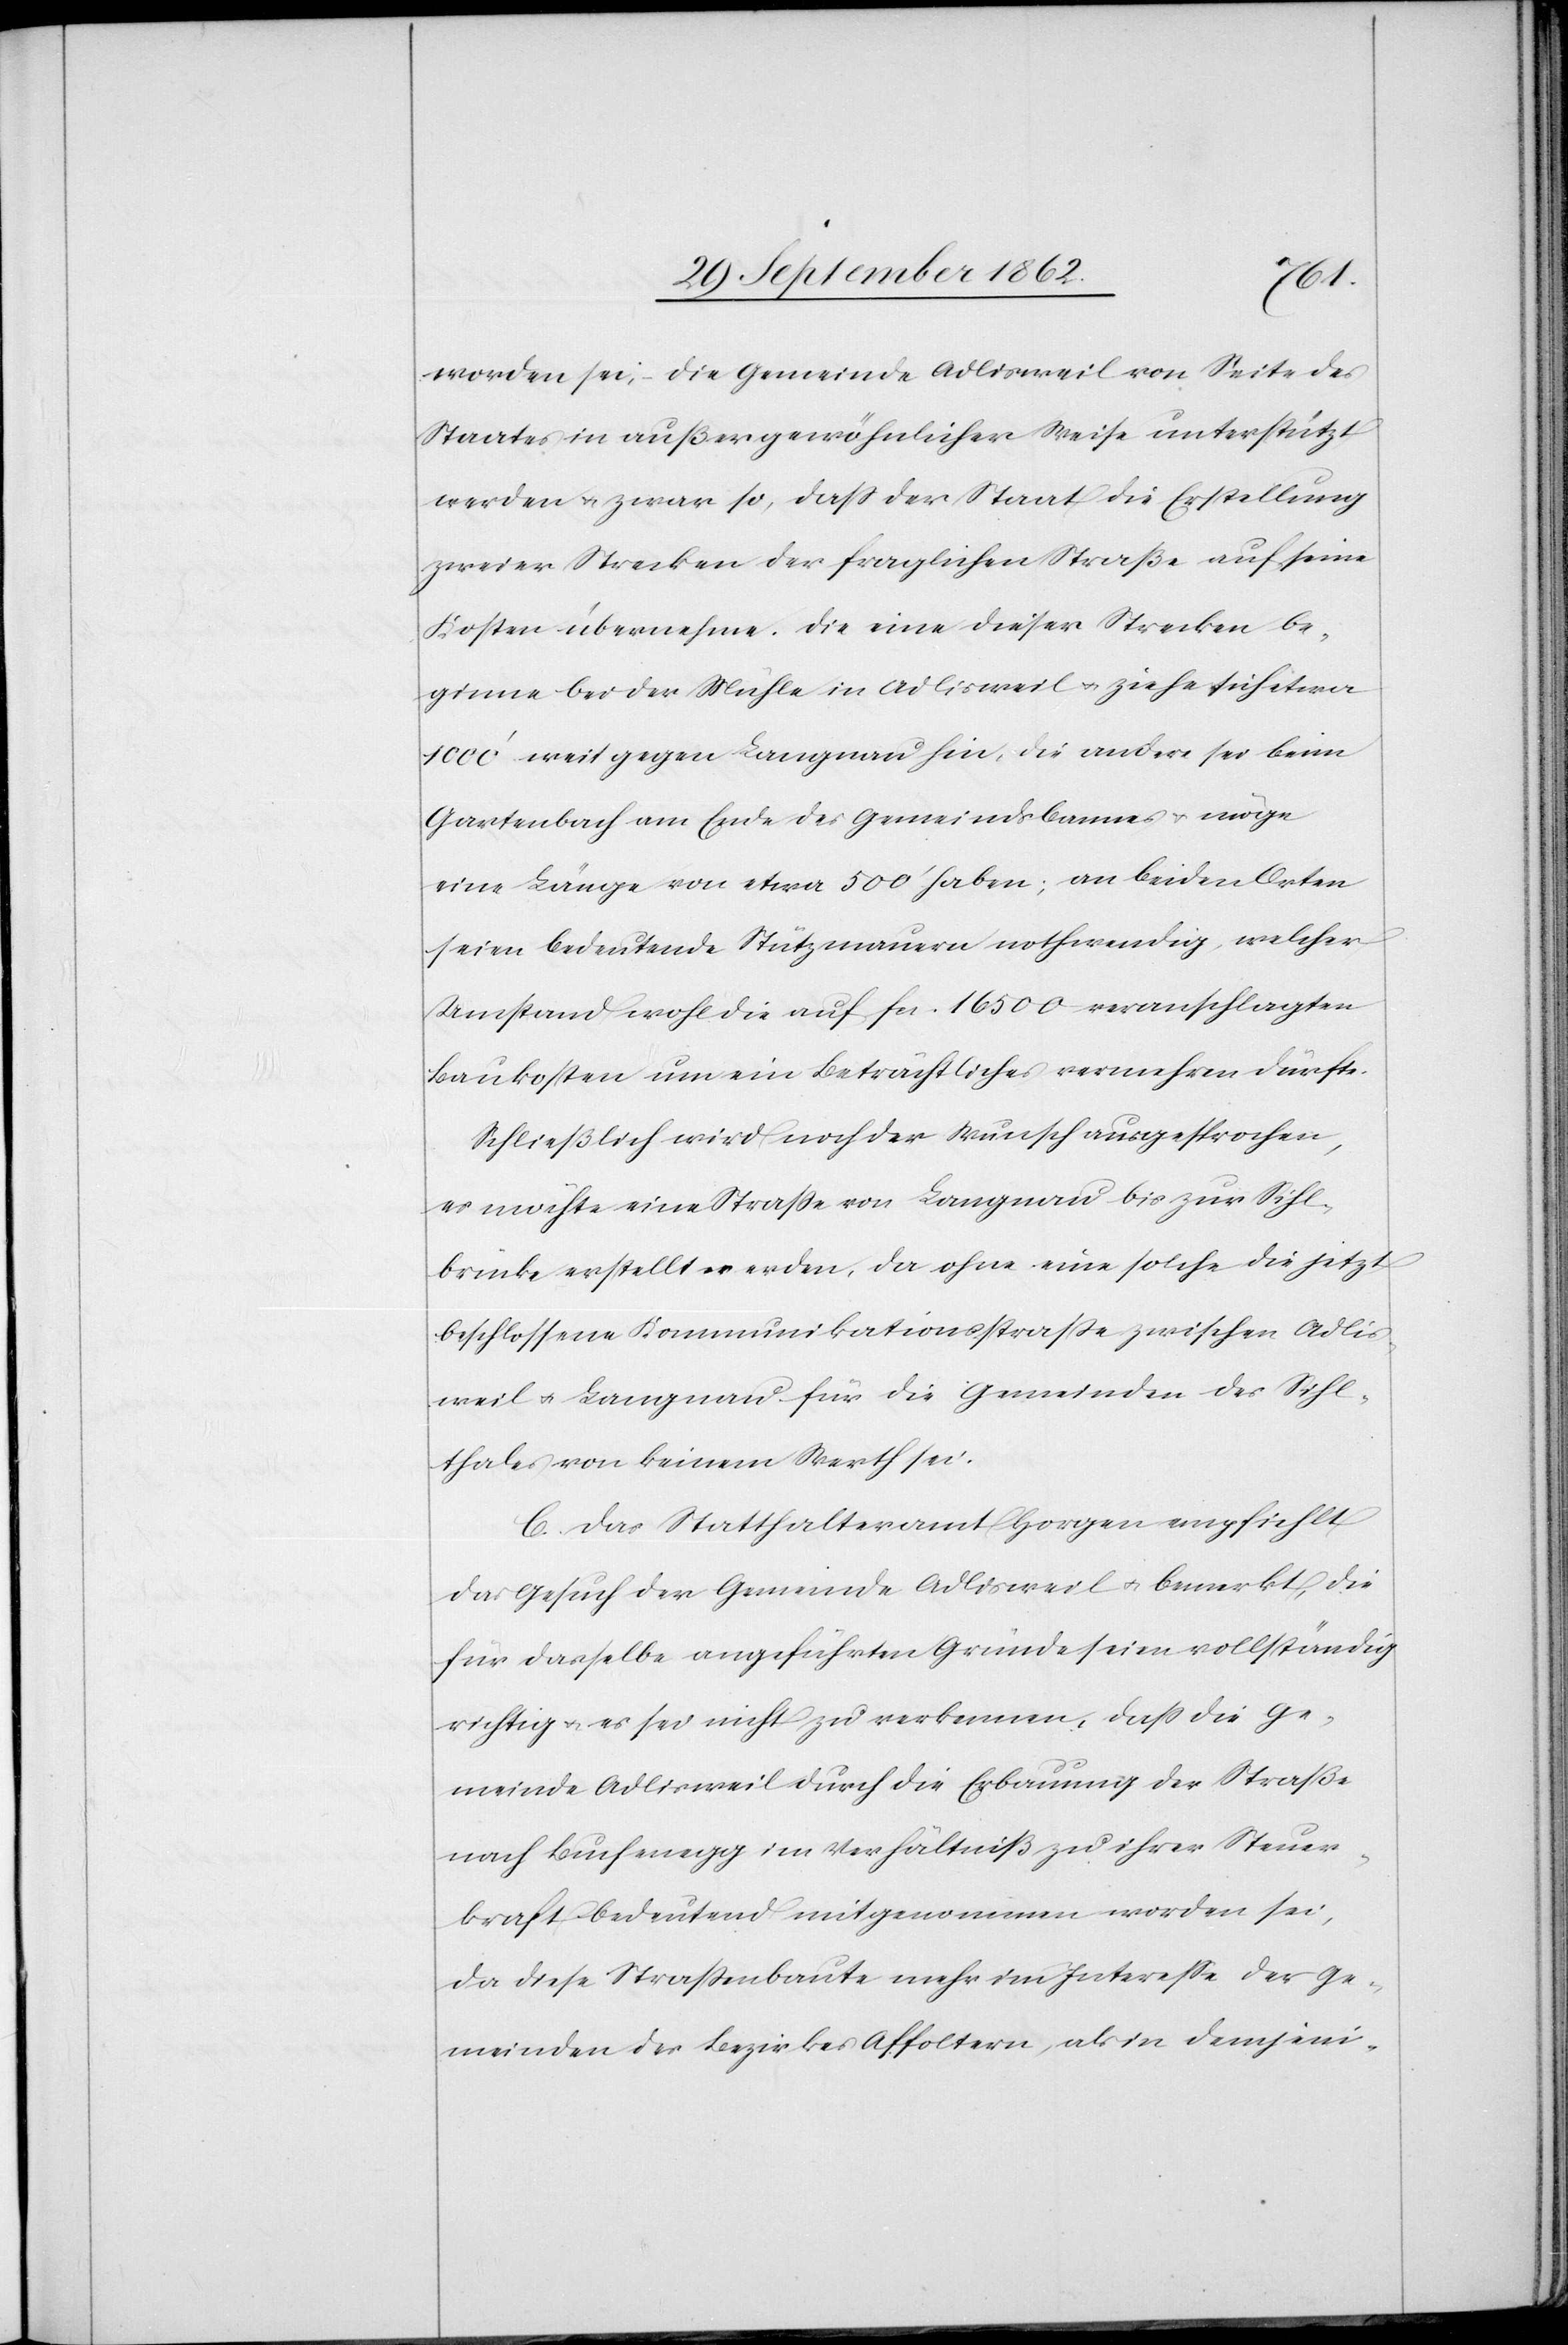
worden sei, die Gemeinde Adlisweil von Seite des
Staates in außergewöhnlicher Weise unterstützt
werden u. zwar so, daß der Staat die Erstellung
zweier Strecken der fraglichen Straße auf seine
Kosten übernehme. Die eine dieser Strecken be¬
ginne bei der Mühle in Adlisweil u. ziehe sich etwa
1000’ weit gegen Langnau hin, die andere sei beim
Gartenbach am Ende des Gemeindsbannes u. möge
eine Länge von etwa 500’ haben; an beiden Orten
seien bedeutende Stützmauern nothwendig, welcher
Umstand wohl die auf fcs. 16 500 veranschlagten
Baukosten um ein Beträchtliches vermehren dürfte.
Schließlich wird noch der Wunsch ausgesprochen,
es möchte eine Straße von Langnau bis zur Sihl¬
brücke erstellt werden, da ohne eine solche die jetzt
beschlossene Kommunikationsstraße zwischen Adlis¬
weil u. Langnau für die Gemeinden des Sihl¬
thales von keinem Werth sei.
C. Das Statthalteramt Horgen empfiehlt
das Gesuch der Gemeinde Adlisweil u. bemerkt, die
für dasselbe angeführten Gründe seien vollständig
richtig u. es sei nicht zu verkennen, daß die Ge¬
meinde Adlisweil durch die Erbauung der Straße
nach Buchenegg im Verhältniß zu ihrer Steuer¬
kraft bedeutend mitgenommen worden sei,
da diese Straßenbaute mehr im Intereße der Ge¬
meinden des Bezirkes Affoltern, als in demjeni-